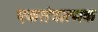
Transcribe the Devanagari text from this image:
एकतंत्रात्मक